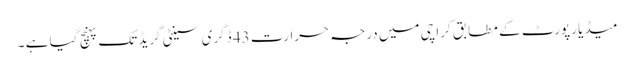
میڈیا رپورٹ کے مطابق کراچی میں درجہ حرارت 43 ڈگری سینٹی گریڈ تک پہنچ گیا ہے ۔